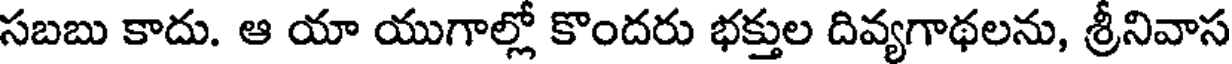
సబబు కాదు. ఆ యా యుగాల్లో కొందరు భక్తుల దివ్యగాథలను, శ్రీనివాస